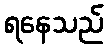
ရနေသည်